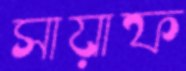
সায়াফ